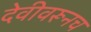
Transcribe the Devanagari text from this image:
देवीवरूनच